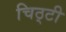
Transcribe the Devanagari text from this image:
चिठ्टी